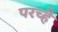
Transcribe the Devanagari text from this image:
परच्हैं